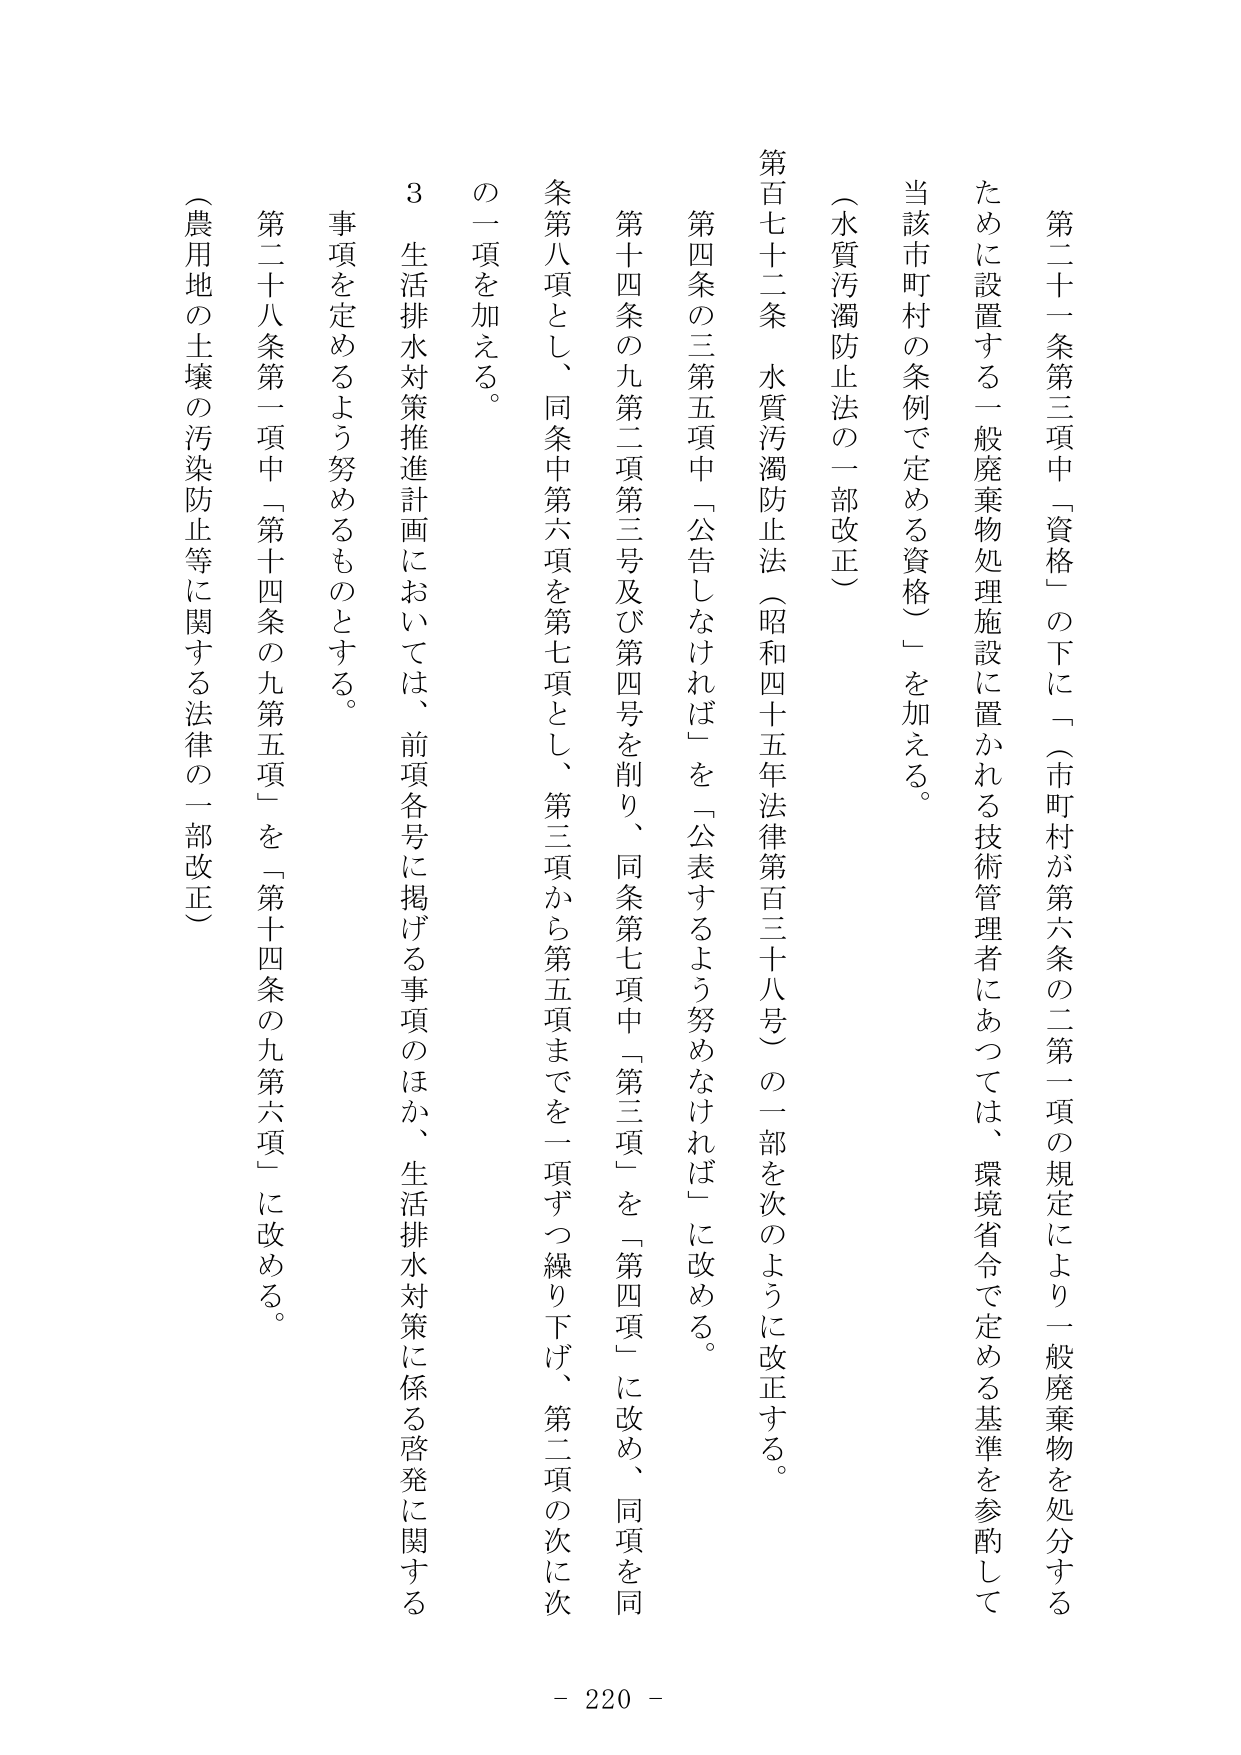
第二十一条第三項中「資格」の下に「（市町村が第六条の二第一項の規定により一般廃棄物を処分するために設置する一般廃棄物処理施設に置かれる技術管理者にあつては、環境省令で定める基準を参酌して当該市町村の条例で定める資格）」を加える。

（水質汚濁防止法の一部改正）

第百七十二条　水質汚濁防止法（昭和四十五年法律第百三十八号）の一部を次のように改正する。

第四条の三第五項中「公告しなければ」を「公表するよう努めなければ」に改める。

第十四条の九第二項第三号及び第四号を削り、同条第七項中「第三項」を「第四項」に改め、同項を同条第八項とし、同条中第六項を第七項とし、第三項から第五項までを一項ずつ繰り下げ、第二項の次に次の一項を加える。

　３　生活排水対策推進計画においては、前項各号に掲げる事項のほか、生活排水対策に係る啓発に関する事項を定めるよう努めるものとする。

第二十八条第一項中「第十四条の九第五項」を「第十四条の九第六項」に改める。

（農用地の土壌の汚染防止等に関する法律の一部改正）

- 220 -